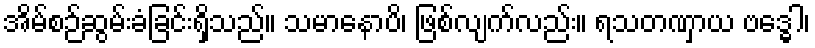
အိမ်စဉ်ဆွမ်းခံခြင်းရှိသည်။ သမာနောပိ၊ ဖြစ်လျက်လည်း။ ရသတဏှာယ ဗဒ္ဓေါ၊